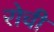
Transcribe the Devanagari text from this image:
रोची